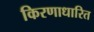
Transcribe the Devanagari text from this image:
किरणाधारित